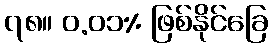
၇၈။ ၀.၀၁% ဖြစ်နိုင်ခြေ